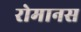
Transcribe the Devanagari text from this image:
रोमानस